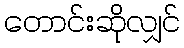
တောင်းဆိုလျှင်